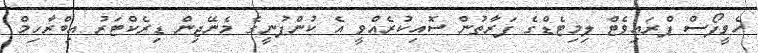
ހެވީފޯސް ޕްރައިވެޓް ލިމިޓެޑްގެ ފަރާތުން ސޮއިކުރެއްވީ އެ ކުންފުނީގެ މެނޭޖިން ޑިރެކްޓަރު އިބްރާހިމް